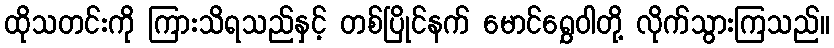
ထိုသတင်းကို ကြားသိရသည်နှင့် တစ်ပြိုင်နက် မောင်ရွှေဝါတို့ လိုက်သွားကြသည်။